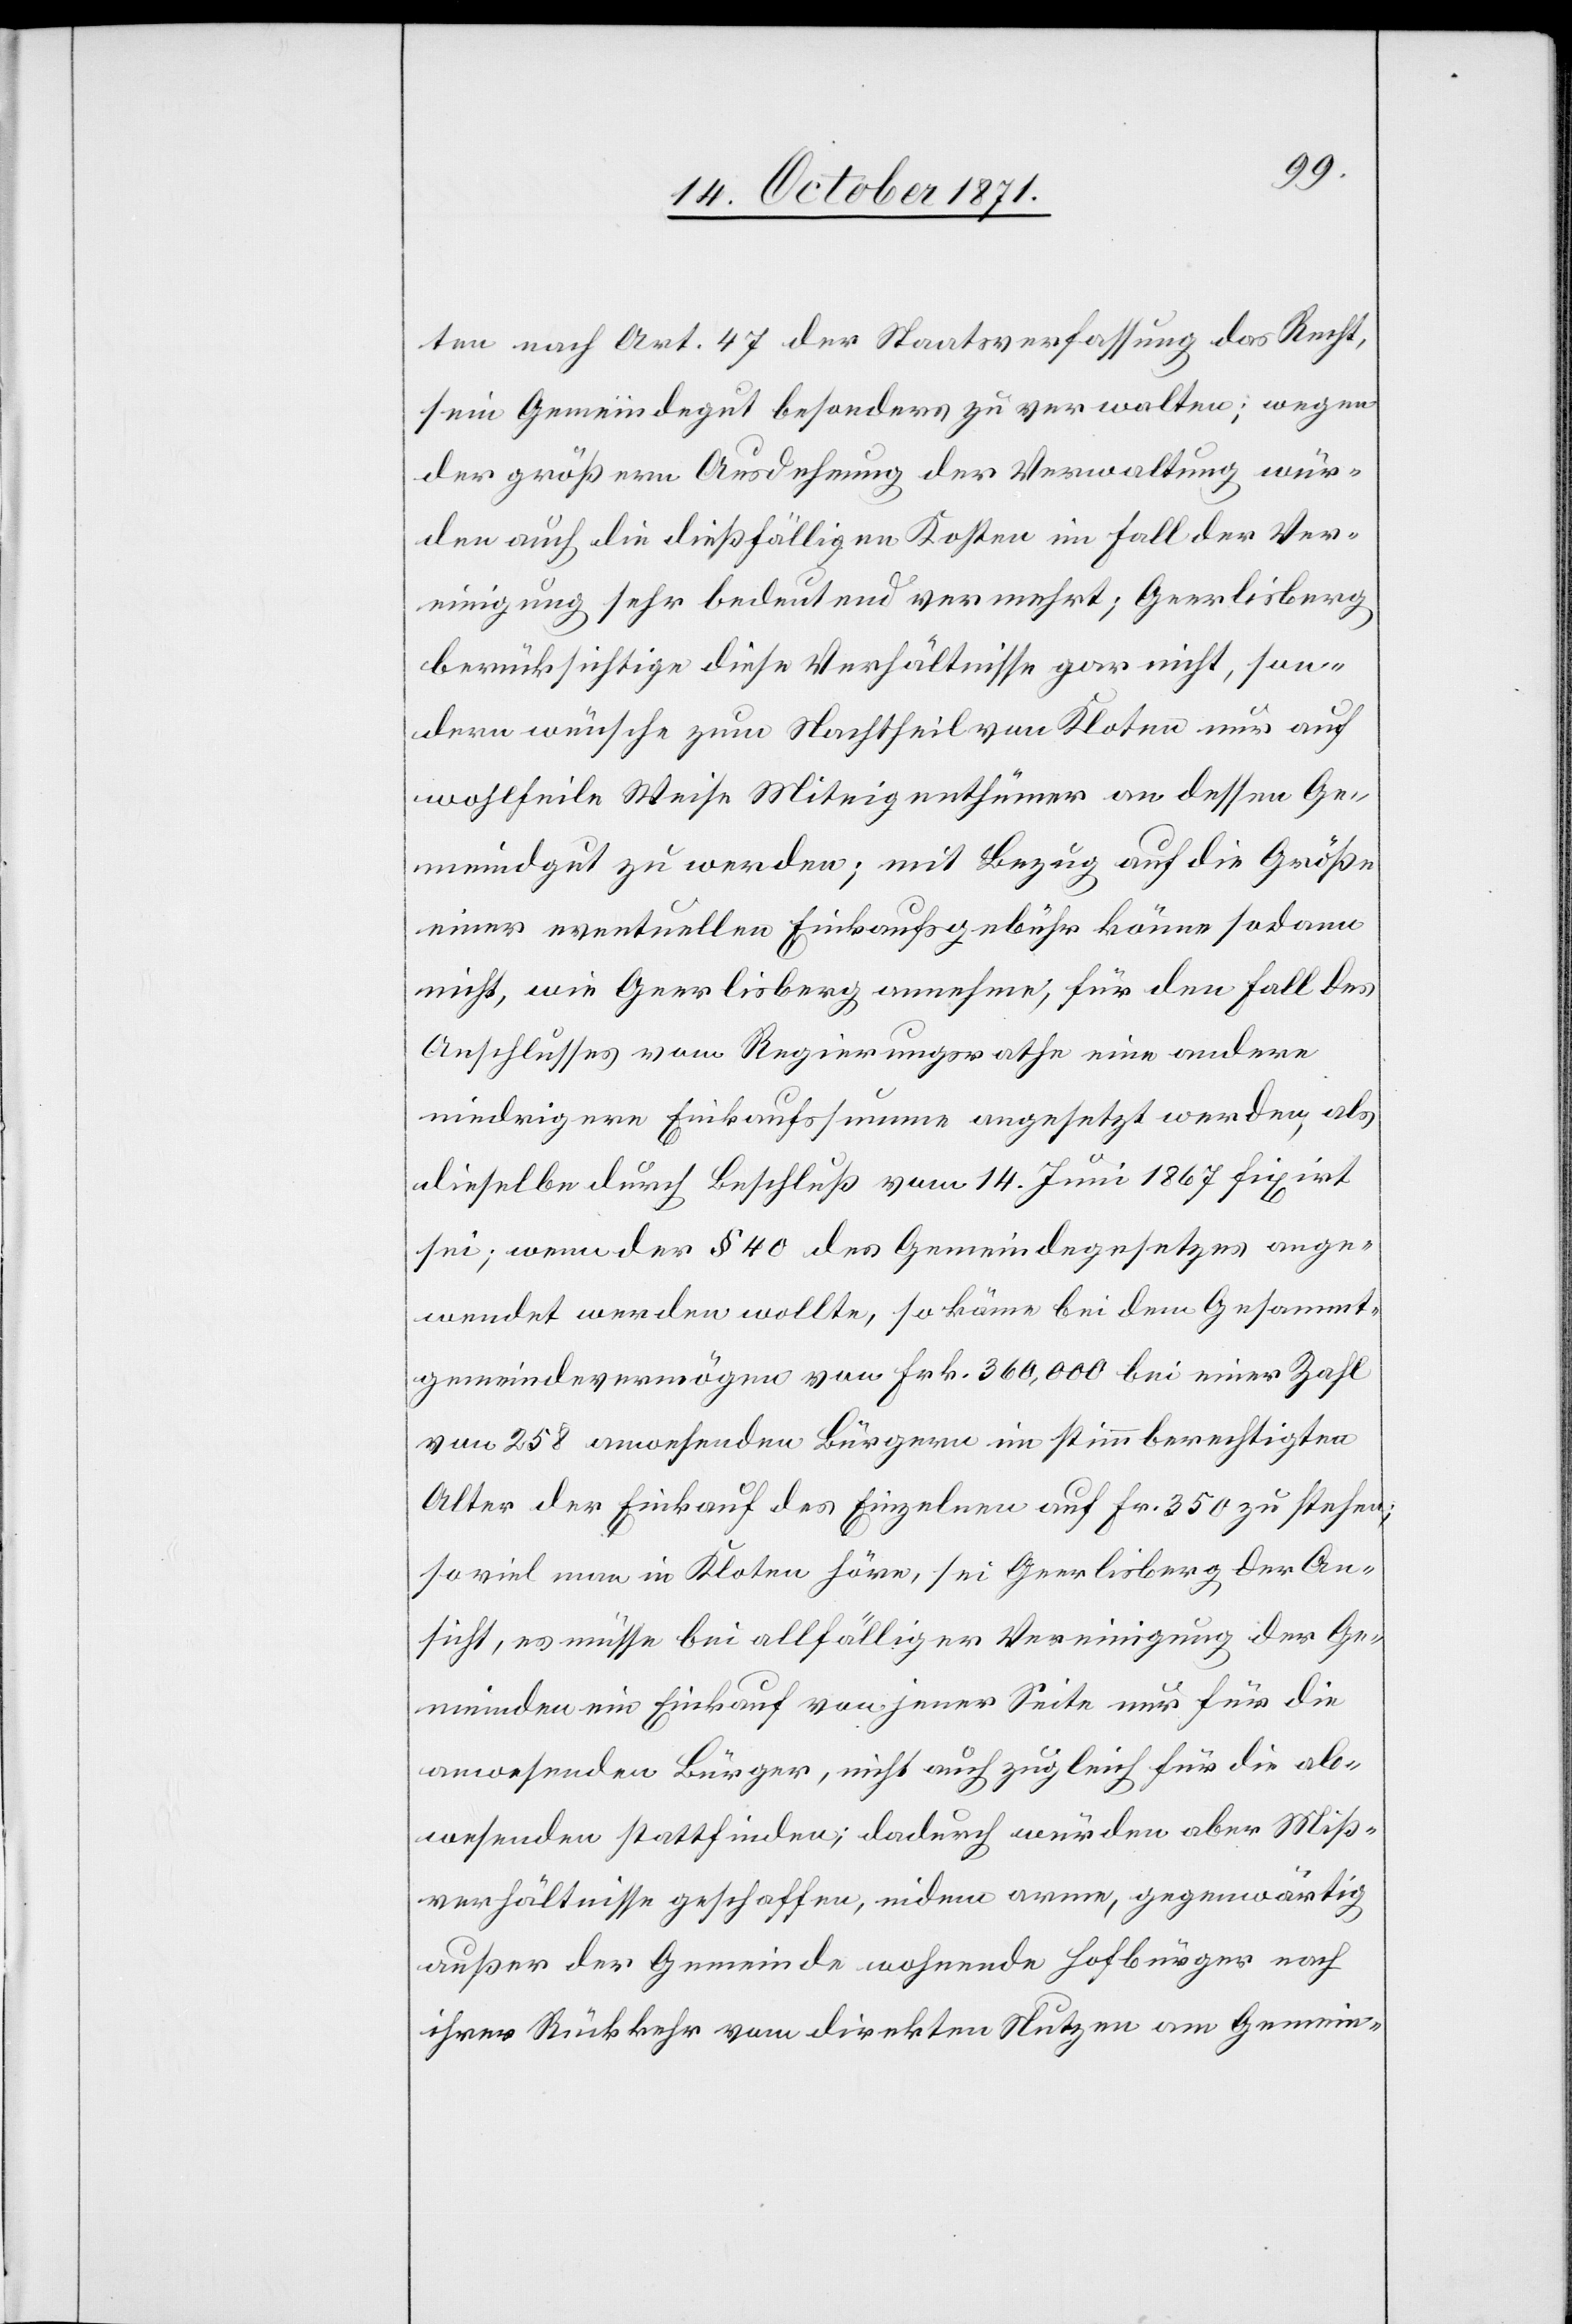
ten nach Art. 47 der Staatsverfassung das Recht,
sein Gemeindegut besonders zu verwalten; wegen
der größern Ausdehnung der Verwaltung wür¬
den auch die dießfälligen Kosten im Fall der Ver¬
einigung sehr bedeutend vermehrt; Geerlisberg
berücksichtige diese Verhältnisse gar nicht, son¬
dern wünsche zum Nachtheil von Kloten nur auf
wohlfeile Weise Miteigenthümer an dessen Ge¬
meindgut zu werden; mit Bezug auf die Größe
einer eventuellen Einkaufsgebühr könne sodann
nicht, wie Geerlisberg annehme, für den Fall des
Anschlusses vom Regierungsrathe eine andere
niedrigere Einkaufssumme angesetzt werden, als
dieselbe durch Beschluß vom 14. Juni 1867 fixirt
sei; wenn der § 40 des Gemeindegesetzes ange¬
wendet werden wollte, so käme bei dem Gesammt¬
gemeindevermögen von Fr. 360,000 bei einer Zahl
von 258 anwesenden Bürgern im stimmberechtigten
Alter der Einkauf des Einzelnen auf Fr. 350 zu stehen;
so viel man in Kloten höre, sei Geerlisberg der An¬
sicht, es müsse bei allfälliger Vereinigung der Ge¬
meinden ein Einkauf von jener Seite nur für die
anwesenden Bürger, nicht auch zugleich für die ab¬
wesenden stattfinden; dadurch würden aber Miß¬
verhältnisse geschaffen, indem arme, gegenwärtig
außer der Gemeinde wohnende Hofbürger nach
ihrer Rückkehr vom direkten Nutzen am Gemein-